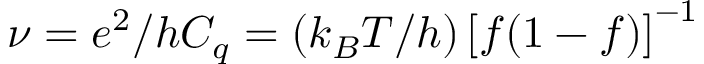
\nu = e ^ { 2 } / h C _ { q } = \left( k _ { B } T / h \right) \left[ f ( 1 - f ) \right] ^ { - 1 }